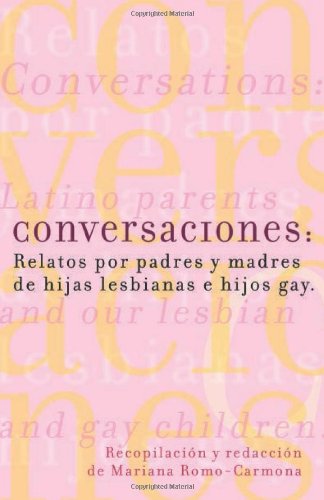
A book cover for Conversaciones: Relatos por padres y madres de hijas lesbianas y hijos gay; Gay & Lesbian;